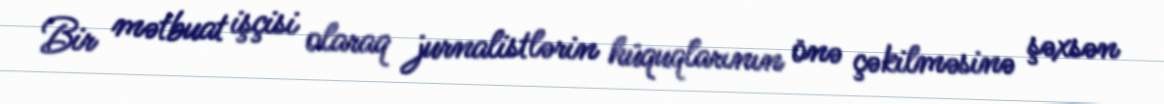
Bir mətbuat işçisi olaraq jurnalistlərin hüquqlarının önə çəkilməsinə şəxsən